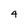
Character: 4